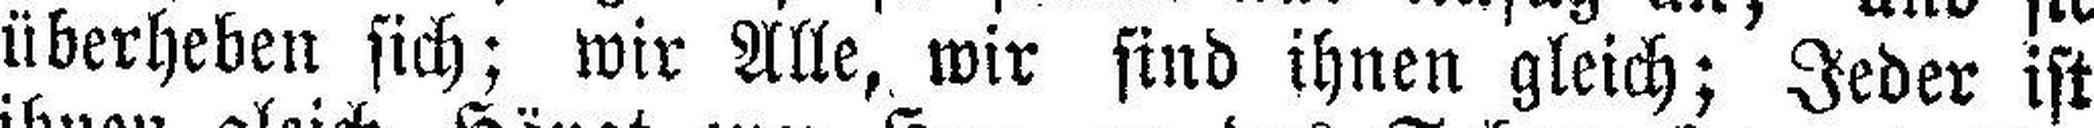
überheben sich; wir Alle, wir sind ihnen gleich; Jeder ist